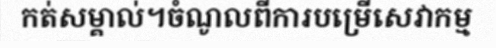
កត់សម្គាល់។ចំណូលពីការបម្រើសេវាកម្ម